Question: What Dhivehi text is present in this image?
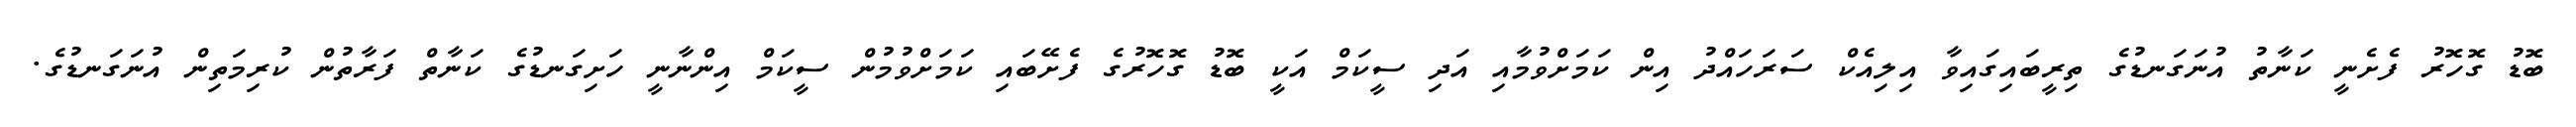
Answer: ބޮޑު ގޮހޮރު ފެށެނީ ކަނާތު އުނަގަނޑުގެ ތިރީބައިގައިވާ އިލިއެކް ސަރަހައްދު އިން ކަމަށްވުމާއި އަދި ސީކަމް އަކީ ބޮޑު ގޮހޮރުގެ ފެށޭބައި ކަމަށްވުމުން ސީކަމް އިންނާނީ ހަށިގަނޑުގެ ކަނާތް ފަރާތުން ކުރިމަތިން އުނަގަނޑުގެ.